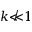
k \not \ll 1